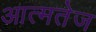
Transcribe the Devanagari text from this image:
आत्मतेज